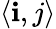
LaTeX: \langle\mathbf{i},j\rangle